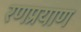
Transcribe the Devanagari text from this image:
रणप्रयाण